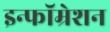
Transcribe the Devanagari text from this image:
इन्फॉम्रेशन